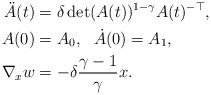
LaTeX: \begin{align*}\ddot A(t) & = \delta \det(A(t))^{1-\gamma} A(t)^{-\top}, \\A(0) & = A_0, \ \ \dot A(0) = A_1, \\\nabla_x w & = - \delta \frac{\gamma-1}{\gamma} x.\end{align*}